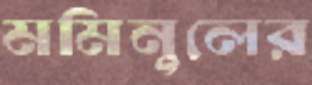
মমিনুলের